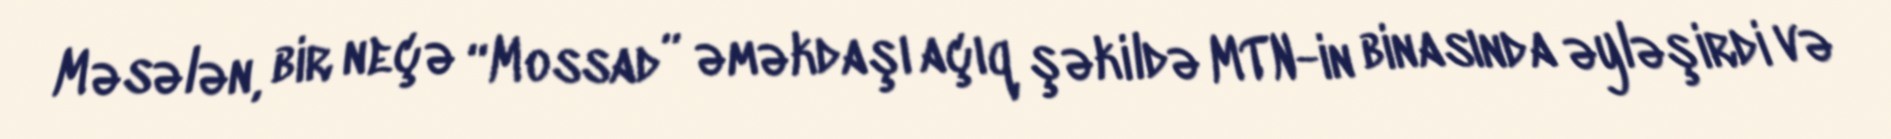
Məsələn, bir neçə “Mossad” əməkdaşı açıq şəkildə MTN-in binasında əyləşirdi və